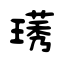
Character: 璓